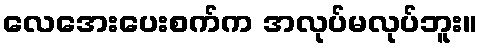
လေအေးပေးစက်က အလုပ်မလုပ်ဘူး။